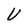
Character: V